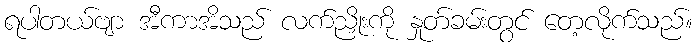
ရပါတယ်ဗျာ အီကာအိသည် လက်ညှိုးကို နှုတ်ခမ်းတွင် တေ့လိုက်သည်။